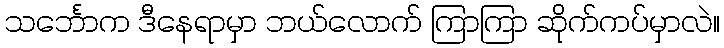
သင်္ဘောက ဒီနေရာမှာ ဘယ်လောက် ကြာကြာ ဆိုက်ကပ်မှာလဲ။